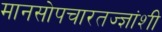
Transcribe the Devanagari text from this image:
मानसोपचारतज्ज्ञांशी